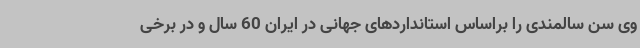
وی سن سالمندی را براساس استانداردهای جهانی در ایران 60 سال و در برخی